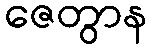
ဇေတွာန